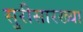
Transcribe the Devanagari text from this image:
सुरीसारख्या